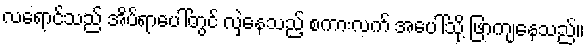
လရောင်သည် အိပ်ရာပေါ်တွင် လှဲနေသည့် စကားလက် အပေါ်သို့ ဖြာကျနေသည်။